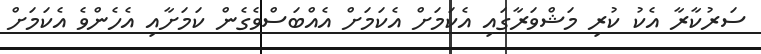
ސަރުކާރާ އެކު ކުރި މަޝްވަރާގައި އެކަމަށް އެކަމަށް އެއްބަސްވެގެން ކަމަށާއި އެހެންވެ އެކަމަށް